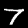
Digit: 7